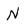
Character: N